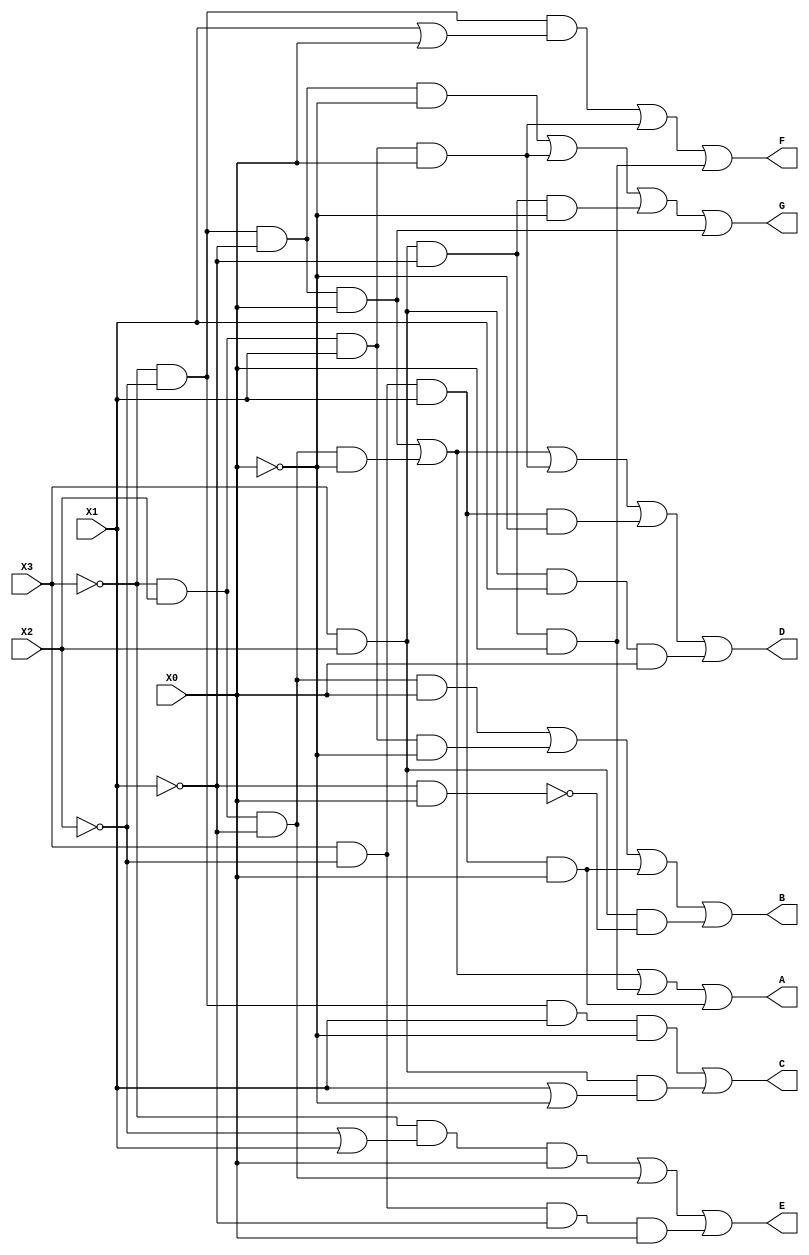
// This program was cloned from: https://github.com/ckugel/Reaction-Time-Game
// License: MIT License

module seven_seg_decoder(X3, X2, X1, X0, A, B, C, D, E, F, G);
    input X3, X2, X1, X0;
    output A, B, C, D, E, F, G;

    assign A = (~X3 & ~X2 & ~X1 & X0) | (~X3 & X2 & ~X1 & ~X0) | (X3 & X2 & ~X1 & X0) | (X3 & ~X2 & X1 & X0);
    assign B = (~X3 & X2 & ~X1 & X0) | (~X3 & X2 & X1 & ~X0) | (X3 & ~X2 & X1 & X0) | (X3 & X2 & ~(~X1 & X0));
    assign C = (~X3 & ~X2 & X1 & ~X0) | (X3 & X2 & (X1 | ~X0));
    assign D = (~X3 & ~X2 & ~X1 & X0) | (~X3 & X2 & ~X1 & ~X0) | (~X3 & X2 & X1 & X0) | (X3 & ~X2 & X1 & ~X0) | (X3 & X2 & X1 & X0);
    assign E = (~X3 & (~X2 | X1) & X0) | (~X3 & X2 & ~X1) | (X3 & ~X2 & ~X1 & X0);
    assign F = (~X3 & ~X2 & (X1 | X0)) | (~X3 & X2 & X1 & X0) | (X3 & X2 & ~X1 & X0);
    assign G = (~X3 & ~X2 & ~X1 & ~X0) | (~X3 & X2 & X1 & X0) | (X3 & X2 & ~X1 & ~X0) | (~X3 & ~X2 & ~X1 & X0);

endmodule